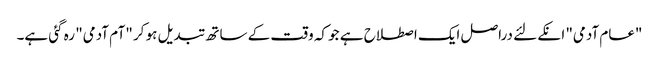
"عام آدمی" انکے لئے دراصل ایک اصطلاح ہے جو کہ وقت کے ساتھ تبدیل ہو کر "آم آدمی" رہ گئی ہے۔